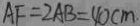
A F = 2 A B = 4 0 c m \cdot